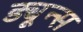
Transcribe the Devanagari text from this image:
ड्यून्स